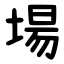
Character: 場